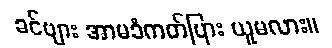
ခင်ဗျား အာမခံကတ်ပြား ယူမလား။